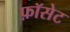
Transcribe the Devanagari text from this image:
फ़ॉसेट